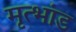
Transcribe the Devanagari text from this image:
मृत्भांड